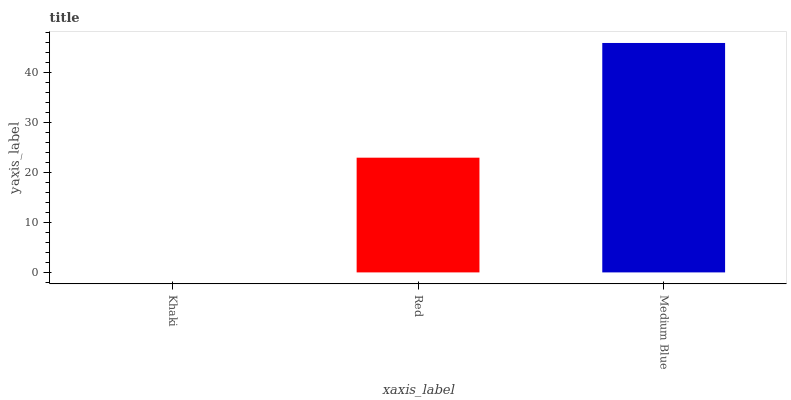
| xaxis_label | bars |
 | --- | --- |
 | Khaki | 0 |
 | Red | 22.9 |
 | Medium Blue | 45.8 |